Leaving Certificate Examination (including Day School Certificate (Higher) General paper), 1929
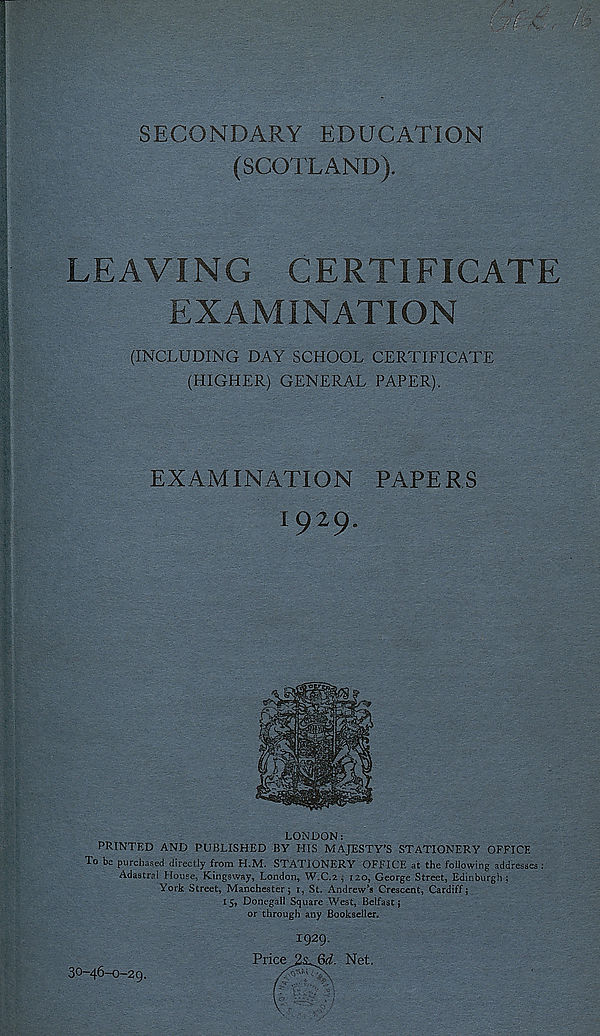
SECONDARY EDUCATION
(SCOTLAND).
LEAVING CERTIFICATE
EXAMINATION
(INCLUDING DAY SCHOOL CERTIFICATE
(HIGHER) GENERAL PAPER).
EXAMINATION PAPERS
1929.
it
LONDON:
PRINTED AND PUBLISHED BY HIS MAJESTY’S STATIONERY OFFICE.
To be purchased directly from H.M. STATIONERY OFFICE at the following addresses :
Adastral House, Kingsway, London, W.C.2 , 120, George Street, Edinburgh;
York Street, Manchester; t, St. Andrew’s Crescent, Cardiff;
15, Donegall Square West, Belfast}
or through any Bookseller.
. "is: T-fy-ii- i-' - ■ :
30-46-0-29.